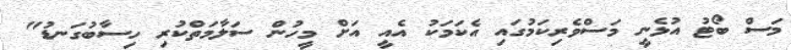
މަސް ބޯޓު އުޅެނީ މަސްވެރިކަމުގައި އެކަމަކު އެއީ އަށް މީހުން ސަލާމަތްކުރި ހިސާބުގަނޑު"